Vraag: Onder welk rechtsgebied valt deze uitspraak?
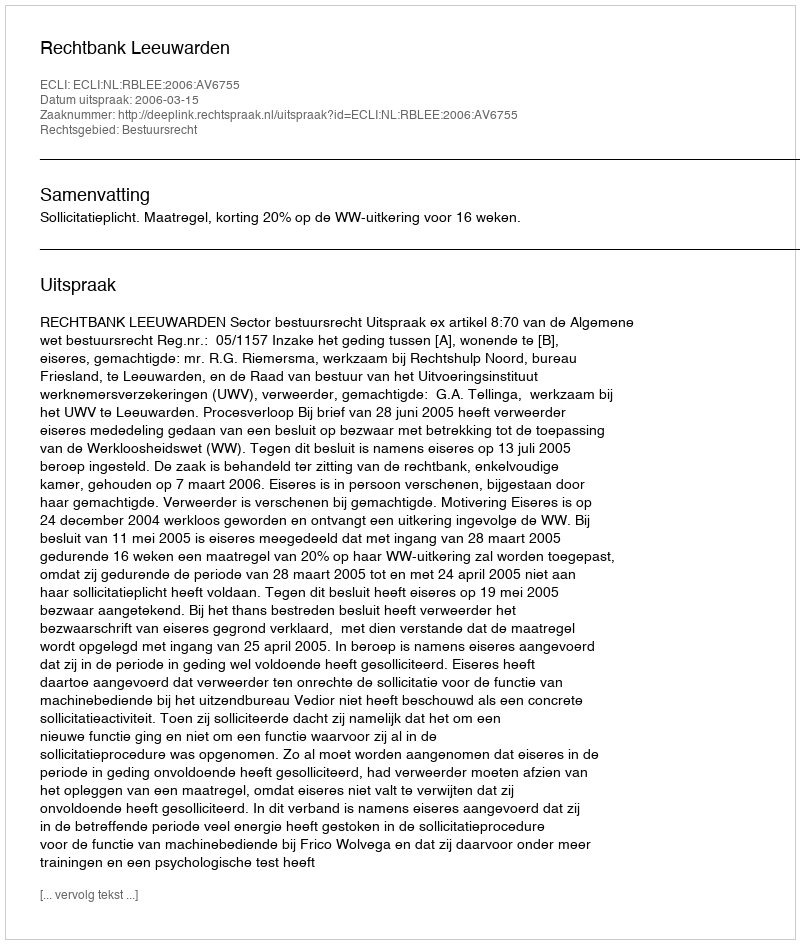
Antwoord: Bestuursrecht